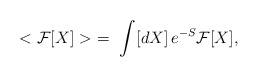
\begin{align*}< {\cal F}[X] > \ =\ \int [dX]\, e^{-S} {\cal F}[X],\end{align*}